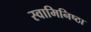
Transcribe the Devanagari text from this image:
स्वामिनिष्ठा